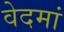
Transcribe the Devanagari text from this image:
वेदमां